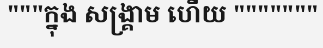
"""ក្នុង សង្គ្រាម ហើយ """""""